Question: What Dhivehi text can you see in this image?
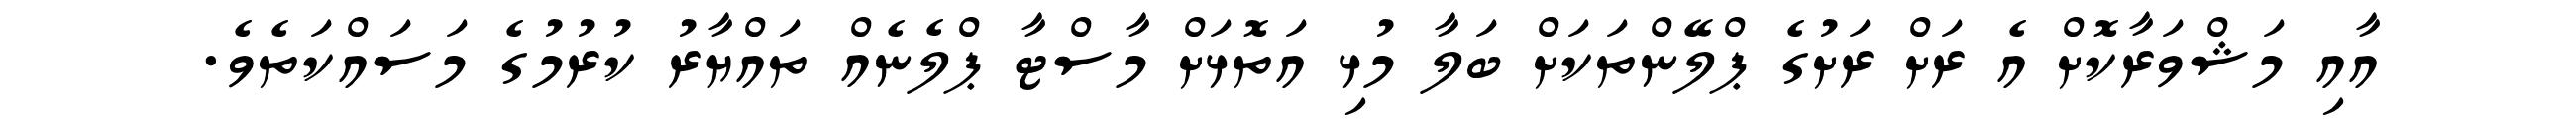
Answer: އާއި މަޝްވަރާކޮށް އެ ރަށް ރަށުގެ ޕްލޭންތަކަށް ބަލާ މުޅި އަތޮޅަށް މާސްޓާ ޕްލެނެއް ތައްޔާރު ކުރުމުގެ މަސައްކަތެވެ.